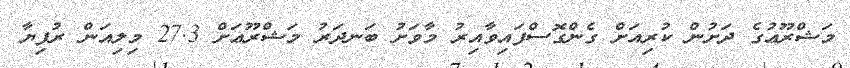
މަޝްރޫޢުގެ ދަށުން ކުރިއަށް ގެންގޮސްފައިވާއިރު މާވަށު ބަނދަރު މަޝްރޫޢަށް 27.3 މިލިއަން ރުފިޔާ